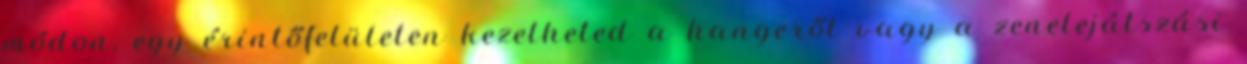
módon, egy érintőfelületen kezelheted a hangerőt vagy a zenelejátszási